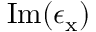
\mathrm { I m } ( \epsilon _ { \mathrm { x } } )